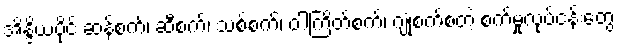
အိန္ဒိယပိုင် ဆန်စက်၊ ဆီစက်၊ သစ်စက်၊ ဝါကြိတ်စက်၊ ဂျုံစက်စတဲ့ စက်မှုလုပ်ငန်းတွေ